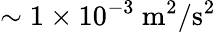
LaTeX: \sim 1\times 10^{-3}~\mathrm{{m^{2}/s^{2}}}